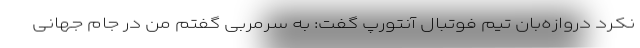
نکرد دروازه‌بان تیم فوتبال آنتورپ گفت: به سرمربی گفتم من در جام جهانی